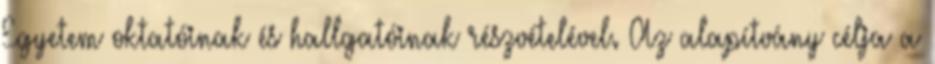
Egyetem oktatóinak és hallgatóinak részvételével. Az alapítvány célja a